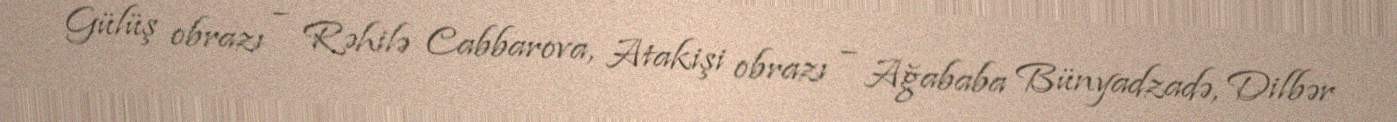
Gülüş obrazı – Rəhilə Cabbarova, Atakişi obrazı – Ağababa Bünyadzadə, Dilbər